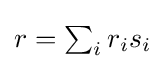
{\textstyle r=\sum _{i}r_{i}s_{i}}